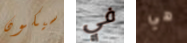
سيكون في هي